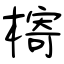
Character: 槣